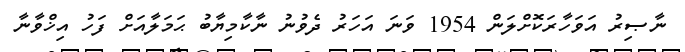
ނާޞިރު އަވަހާރަކޮށްލަން 1954 ވަނަ އަހަރު ދެވުނު ނާކާމިޔާބު ޙަމަލާއަށް ފަހު އިޚްވާނާ